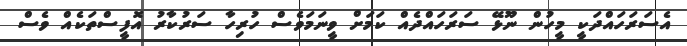
އެސަރަހައްދަކީ މީހުން ނޫޅޭ ސަރަހައްދެއް ކަމަށް ވީނަމަވެސް ހުރިހާ ސަރުކާރު އޮފީސްތަކެއް ވެސް